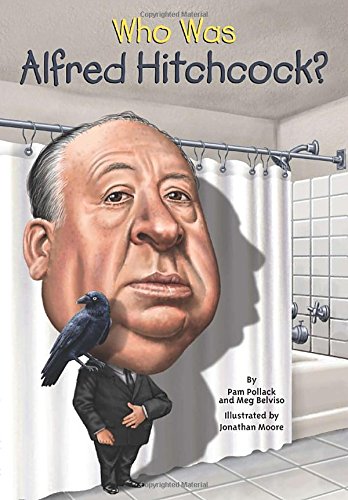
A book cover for Who Was Alfred Hitchcock?; Pamela D. Pollack; Children's Books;